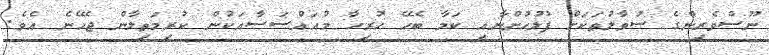
ނޫސްވެރިންގެ ސުވާލުތަކަށް ފުލުހުންނާއި ކަމާ ބެހޭ ހުރިހާ މުއައްސަސާއަކުން ކުރިމަތިލާން ޖެހޭނެ އެވެ.